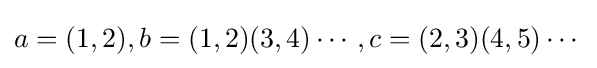
a=(1,2),b=(1,2)(3,4)\cdots ,c=(2,3)(4,5)\cdots